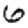
Digit: 6